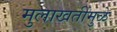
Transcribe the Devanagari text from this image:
मुलाखतींमुळे